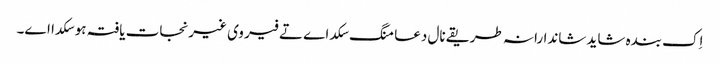
اِک بندہ شاید شاندارانہ طریقے نال دعا منگ سکدا ے تے فیر وی غیرنجات یافتہ ہو سکدا اے۔